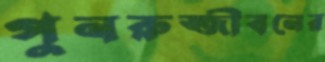
পুনরুজ্জীবনের